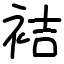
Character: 袺